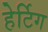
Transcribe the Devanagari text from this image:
हेर्टिग